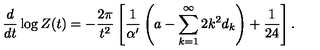
\frac d { d t } \log Z ( t ) = - \frac { 2 \pi } { t ^ { 2 } } \left[ \frac 1 { \alpha ^ { \prime } } \left( a - \sum _ { k = 1 } ^ { \infty } 2 k ^ { 2 } d _ { k } \right) + \frac 1 { 2 4 } \right] .